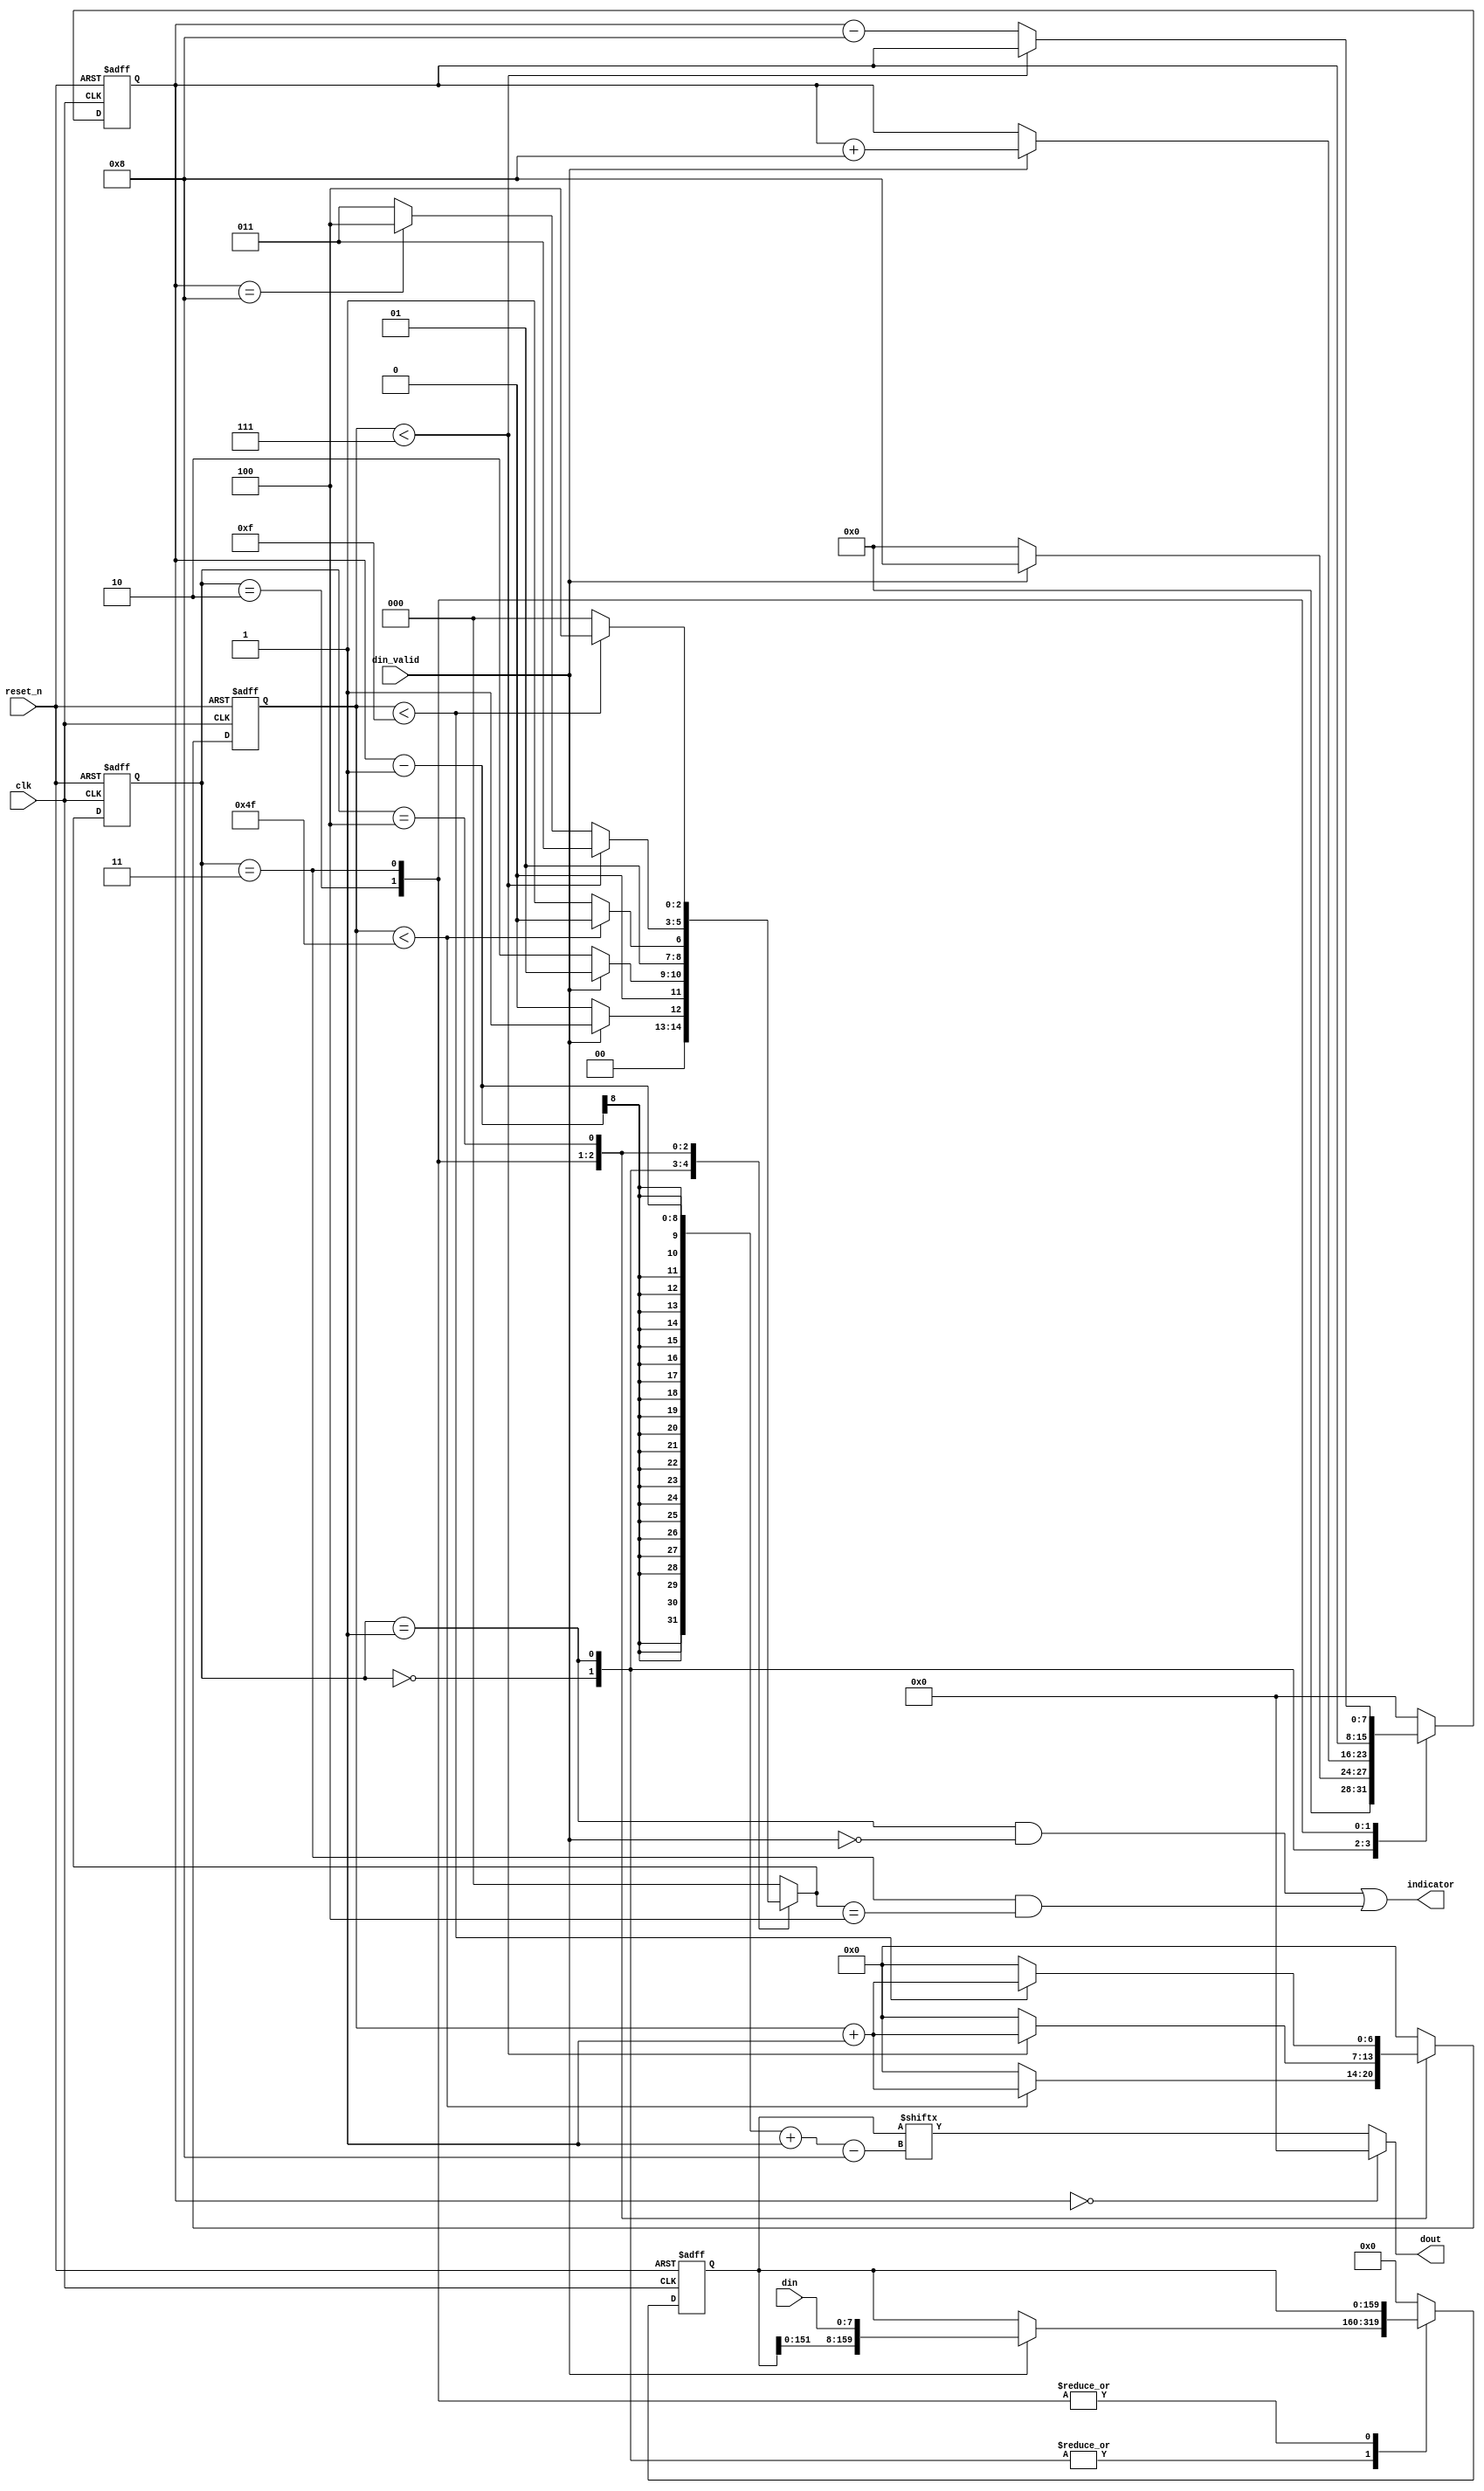
`timescale 1us/100ns

module fifo(
    output [7:0] dout,
    output indicator,  // Indicates a state change.
    input [7:0] din,
    input din_valid,
    input clk,
    input reset_n
);

parameter SIZE = 20,
          INDEX_WIDTH = 8,
          MAX_INDEX = SIZE * 8 - 1;

localparam WAITING = 0,
           RECEIVING = 1,
           LEFT_PADDING = 2,
           TRANSFERING = 3,
           RIGHT_PADDING = 4;

reg [2:0] state, next_state;
reg [MAX_INDEX:0] queue, next_queue;
reg [INDEX_WIDTH - 1:0] head, next_head;  // The head of the queue.
reg [6:0] count, next_count;

always @(*) begin
    case (state)
        WAITING: begin
            if (din_valid) begin
                next_state = RECEIVING;
                next_queue = {queue[MAX_INDEX - 8:0],
                              din};
                next_head = 8;
            end else begin
                next_state = WAITING;
                next_queue = queue;
                next_head = 0;
            end
            next_count = 0;
        end

        RECEIVING: begin
            if (din_valid) begin
                next_state = RECEIVING;
                next_queue = {queue[MAX_INDEX - 8:0],
                              din};
                next_head = head + 8;
            end else begin
                next_state = LEFT_PADDING;
                next_queue = queue;
                next_head = head;
            end
            next_count = 0;
        end

        LEFT_PADDING: begin
            if (count < 79) begin
                next_state = LEFT_PADDING;
                next_count = count + 1;
            end else begin
                next_state = TRANSFERING;
                next_count = 0;
            end
            next_head = head;
            next_queue = queue;
        end

        TRANSFERING: begin
            if (count < 7) begin
                next_state = TRANSFERING;
                next_head = head;
                next_count = count + 1;
            end else begin
                if (head == 8)  // Last byte.
                    next_state = RIGHT_PADDING;
                else
                    next_state = TRANSFERING;
                next_head = head - 8;
                next_count = 0;
            end
            next_queue = queue;
        end

        RIGHT_PADDING: begin
            if (count < 15) begin
                next_state = RIGHT_PADDING;
                next_count = count + 1;
            end else begin
                next_state = WAITING;
                next_count = 0;
            end
            next_head = 0;
            next_queue = 0;
        end

        default: begin
            next_state = WAITING;
            next_queue = 0;
            next_head = 0;
            next_count = 0;
        end
    endcase
end

// Update states.
always @(posedge clk or negedge reset_n) begin
    if (~reset_n) begin
        state <= WAITING;
        queue <= 0;
        head <= 0;
        count <= 0;
    end else begin
        state <= next_state;
        queue <= next_queue;
        head <= next_head;
        count <= next_count;
    end
end

assign dout = (head == 0) ? 0 : queue[(head - 1)-:8],
       indicator = (state == RECEIVING && ~din_valid) ||
                   (state == TRANSFERING && next_state == RIGHT_PADDING);

endmodule